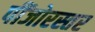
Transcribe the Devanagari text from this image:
पींजोरस्तर